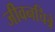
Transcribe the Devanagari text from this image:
जीवनचित्रे